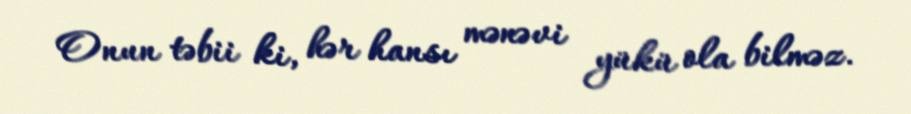
Onun təbii ki, hər hansı mənəvi yükü ola bilməz.